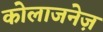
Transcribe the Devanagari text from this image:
कोलाजनेज़